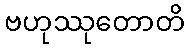
ဗဟုဿုတောတိ